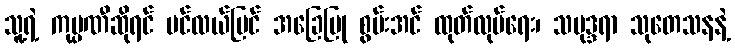
သူ့ရဲ့ ကုမ္ပဏီဆိုရင် ပင်လယ်ပြင် အခြေပြု စွမ်းအင် ထုတ်လုပ်ရေး၊ သမုဒ္ဒရာ သုတေသနနဲ့